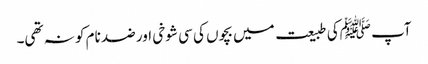
آپ ﷺکی طبیعت میں بچوں کی سی شوخی اور ضد نام کو نہ تھی۔